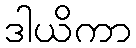
ဒါယိကာ